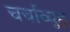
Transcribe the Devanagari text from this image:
चर्चाव्यूह